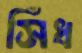
সিঁধ